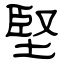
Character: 堅